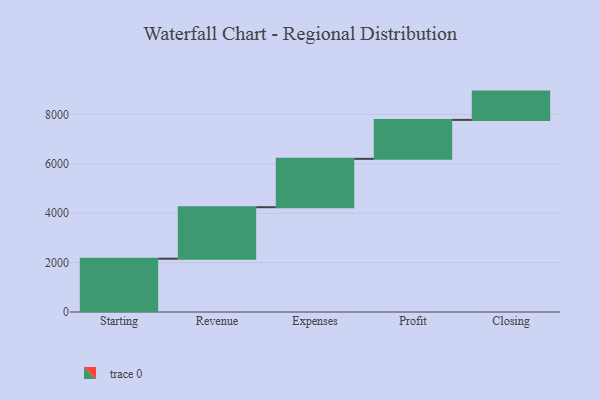
{"axis": {"x": "Step", "y": "Value"}, "legend": [""], "data": [{"x": "Starting", "y": 2159.0, "type": ""}, {"x": "Revenue", "y": 2085.0, "type": ""}, {"x": "Expenses", "y": 1959.0, "type": ""}, {"x": "Profit", "y": 1577.0, "type": ""}, {"x": "Closing", "y": 1146.0, "type": ""}]}